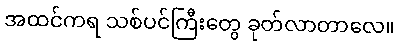
အထင်ကရ သစ်ပင်ကြီးတွေ ခုတ်လာတာလေ။